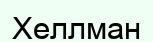
Хеллман